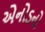
એનોડનો